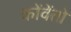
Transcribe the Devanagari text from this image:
कोंवेंतो